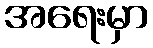
အရေးမှာ